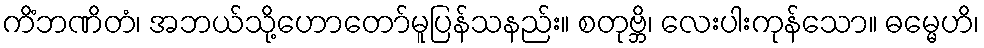
ကိံဘဏိတံ၊ အဘယ်သို့ဟောတော်မူပြန်သနည်း။ စတုဗ္ဘိ၊ လေးပါးကုန်သော။ ဓမ္မေဟိ၊